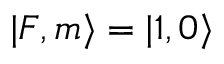
| F , m \rangle = | 1 , 0 \rangle